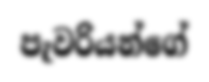
පැවරියන්ගේ